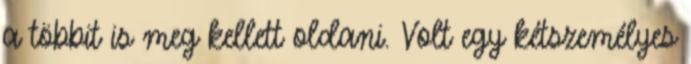
a többit is meg kellett oldani. Volt egy kétszemélyes